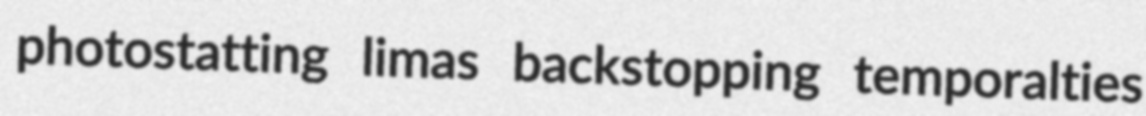
photostatting limas backstopping temporalties